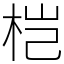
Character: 桤